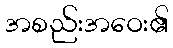
အစည်းအဝေး၏